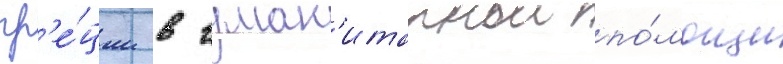
гр'е́ции в гуман'итарнои по́мощи